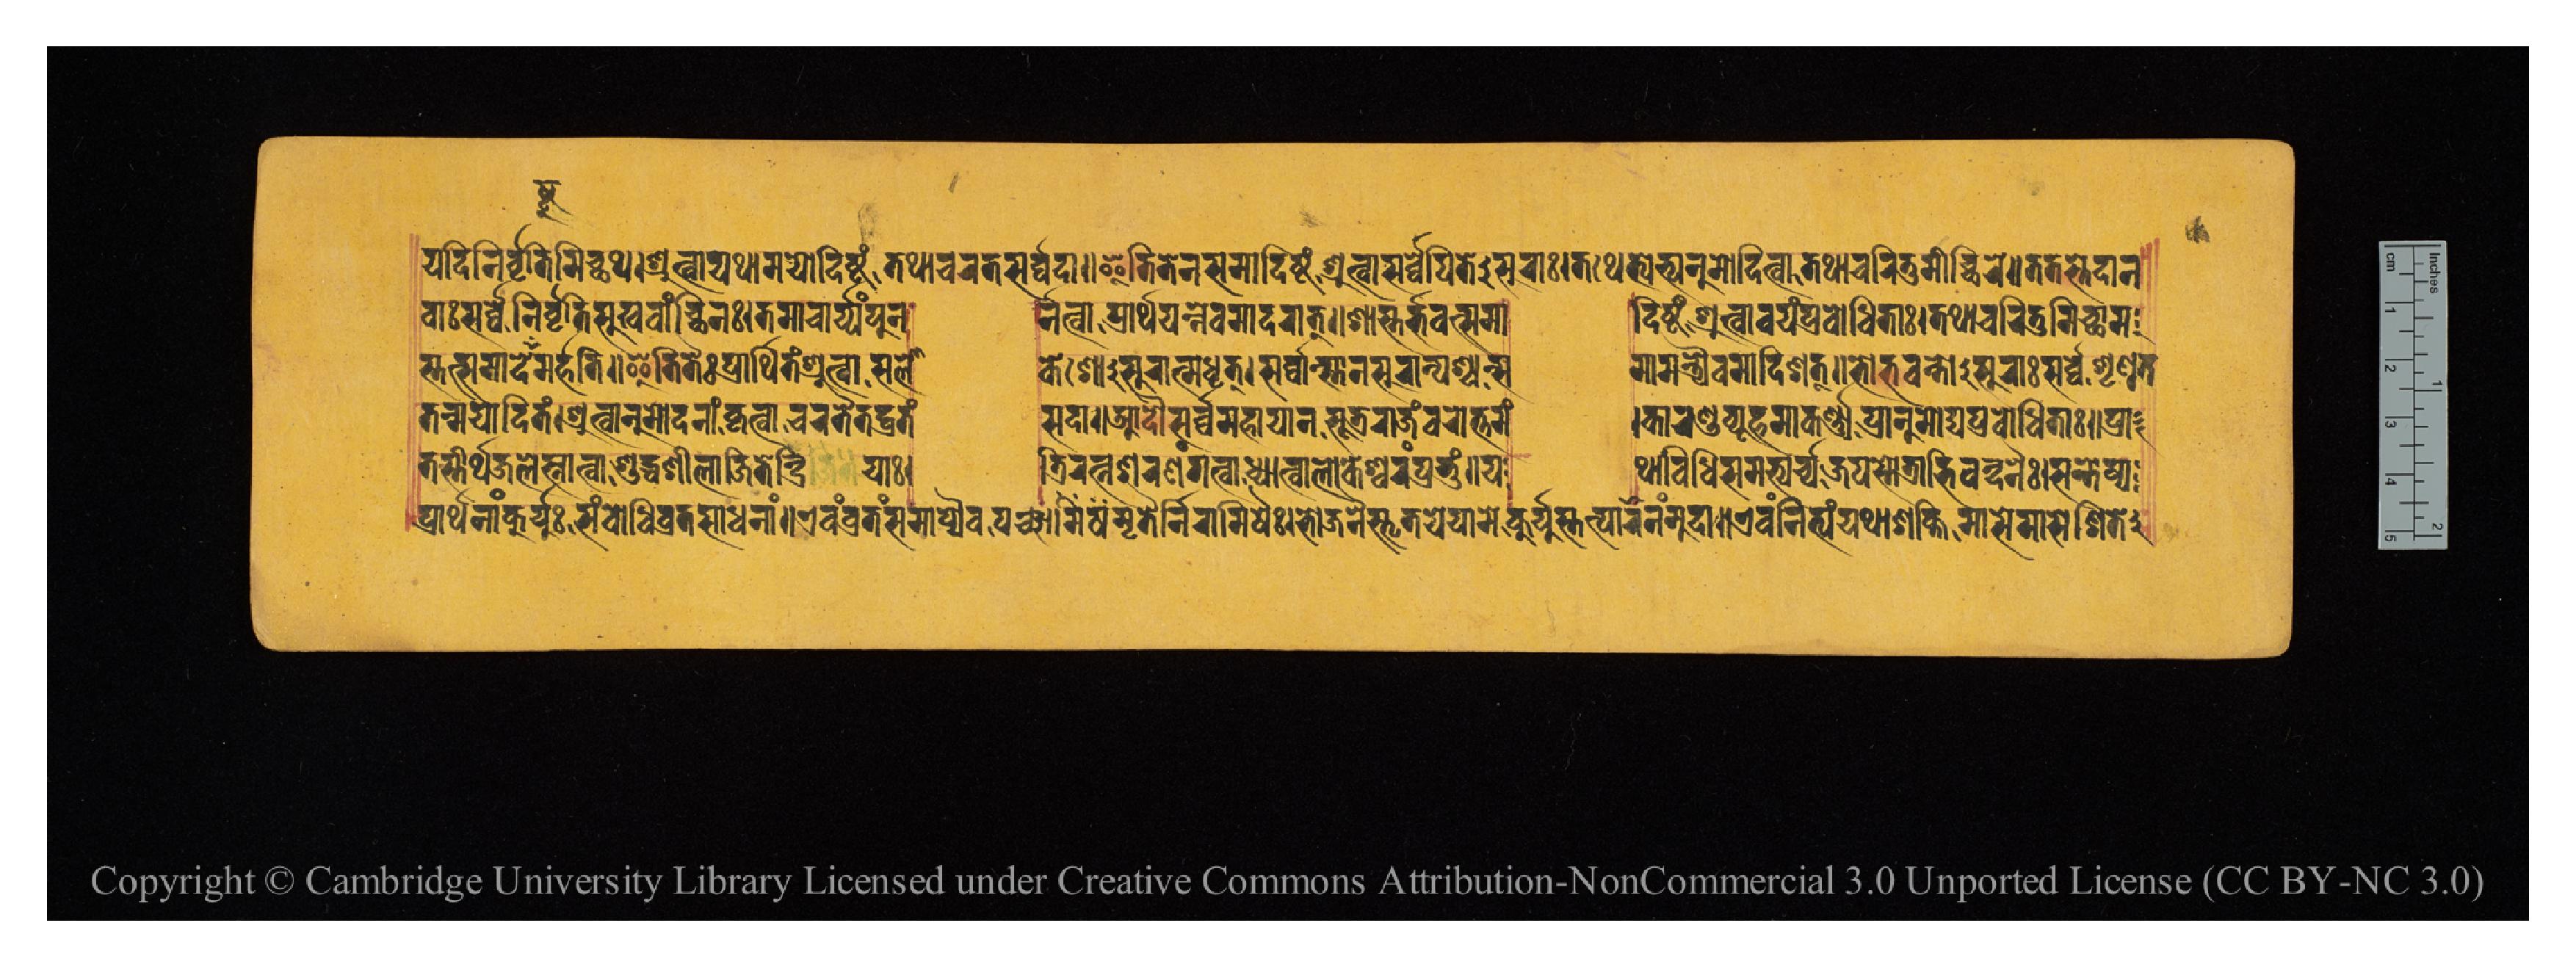
𑐫𑐡𑐶𑐣𑐶𑐬𑑂𑐰𑐺𑐟𑐶𑐩𑐶𑐔𑑂𑐕𑐠𑑋𑐱𑑂𑐬𑐸𑐟𑑂𑐰𑐵𑐫𑐠𑐵𑐩𑐫𑑀𑐡𑑂𑐡𑐶𑐲𑑂𑐚𑑄𑐟𑐠𑐵𑐔𑐬𑐟𑐳𑐬𑑂𑐰𑑂𑐰𑐡𑐵𑑌𑐂𑐟𑐶𑐟𑐾𑐣𑐳𑐩𑐵𑐡𑐶𑐲𑑂𑐚𑑄𑐱𑑂𑐬𑐸𑐟𑑂𑐰𑐵𑐳𑐬𑑂𑐰𑑂𑐰𑐾𑐥𑐶𑐟𑐾𑐳𑐸𑐬𑐵𑑅𑑋𑐟𑐠𑐾𑐟𑑂𑐫𑐨𑑂𑐫𑐣𑐸𑐩𑑀𑐡𑐶𑐟𑑂𑐰𑐵𑐟𑐠𑐵𑐔𑐬𑐶𑐟𑐸𑐩𑐷𑐔𑑂𑐕𑐶𑐬𑐾𑑌𑐟𑐟𑐳𑑂𑐟𑐾𑐡𑐵𑐣 𑐰𑐵𑑅𑐳𑐬𑑂𑐰𑑂𑐰𑐾𑐣𑐶𑐬𑑂𑐰𑐺𑐟𑐶𑐳𑐸𑐏𑐰𑐵𑐘𑑂𑐕𑐶𑐣𑑅𑑋𑐟𑐩𑐵𑐔𑐵𑐬𑑂𑐫𑑄𑐥𑐸𑐣  𑐬𑑂𑐣𑐟𑑂𑐰𑐵𑐥𑑂𑐬𑐵𑐬𑑂𑐠𑐫𑐣𑑂𑐣𑐾𑐰𑐩𑐵𑐡𑐬𑐵𑐟𑑂𑑌𑐱𑐵𑐳𑑂𑐟𑐬𑑂𑐨𑐰𑐟𑑂𑐳𑐩𑐵  𑐡𑐶𑐲𑑂𑐚𑑄𑐱𑑂𑐬𑐸𑐟𑑂𑐰𑐵𑐰𑐫𑑄𑐥𑑂𑐬𑐧𑑀𑐢𑐶𑐟𑐵𑑅𑑋𑐟𑐠𑐵𑐔𑐬𑐶𑐟𑐸𑐩𑐶𑐔𑑂𑐕𑐵𑐩 𑐳𑑂𑐟𑐟𑑂𑐳𑐩𑐵𑐡𑐾𑐲𑑂𑐚𑐸𑐩𑐬𑑂𑐴𑐟𑐶𑑌𑐂𑐟𑐶𑐟𑐿𑑅𑐥𑑂𑐬𑐵𑐬𑑂𑐠𑐶𑐟𑑄𑐱𑑂𑐬𑐸𑐟𑑂𑐰𑐵𑐳𑐮𑑀  𑐎𑐾𑐱𑑀𑐳𑐸𑐬𑐵𑐟𑑂𑐩𑐢𑐺𑐟𑑂𑑋𑐳𑐬𑑂𑐰𑑂𑐰𑐵𑑄𑐳𑑂𑐟𑐵𑐣𑐳𑐸𑐬𑐵𑐣𑑂𑐥𑐱𑑂𑐫𑐣𑑂𑐳  𑐩𑐵𑐩𑐣𑑂𑐟𑑂𑐬𑑂𑐫𑐿𑐰𑐩𑐵𑐡𑐶𑐱𑐟𑑂𑑌𑐨𑑀𑐨𑐰𑐣𑑂𑐟𑑀𑐳𑐸𑐬𑐵𑑅𑐳𑐬𑑂𑐰𑑂𑐰𑐾𑐱𑐺𑐞𑐸𑐟 𑐟𑐣𑑂𑐩𑐫𑑀𑐡𑐶𑐟𑑄𑑋𑐱𑑂𑐬𑐸𑐰𑐵𑐣𑐸𑐩𑑀𑐡𑐣𑐵𑑄𑐎𑐺𑐟𑑂𑐰𑐵𑐔𑐬𑐟𑐿𑐟𑐡𑑂𑐰𑑂𑐬𑐟𑑄  𑐳𑐡𑐵𑑌𑐁𑐡𑑁𑐳𑐬𑑂𑐰𑑂𑐰𑐾𑐩𑐴𑐵𑐫𑐵𑐣𑐳𑐹𑐟𑑂𑐬𑐬𑐵𑐖𑑄𑐰𑐬𑑀𑐟𑑂𑐟𑐩𑑄  𑑋𑐎𑐵𑐬𑐞𑑂𑐜𑐰𑑂𑐫𑐹𑐴𑐩𑐵𑐎𑐬𑑂𑐞𑑂𑐫𑐥𑑂𑐬𑐵𑐣𑐸𑐩𑑀𑐡𑑂𑐫𑐥𑑂𑐬𑐧𑑀𑐢𑐶𑐟𑐵𑑅𑑌𑐥𑑂𑐬𑐵 𑐟𑐳𑑂𑐟𑐷𑐬𑑂𑐠𑐖𑐮𑐾𑐳𑑂𑐣𑐵𑐟𑑂𑐰𑐵𑐱𑐸𑐡𑑂𑐢𑐱𑐷𑐮𑐵𑐖𑐶𑐣𑐾𑐣𑑂𑐡𑑂𑐬𑐶𑐫𑐵𑑅𑑋  𑐟𑑂𑐬𑐶𑐬𑐟𑑂𑐣𑐱𑐬𑐞𑑄𑐐𑐟𑑂𑐰𑐵𑐢𑑂𑐫𑐵𑐣𑐟𑑂𑐰𑐵𑐮𑑀𑐎𑐾𑐱𑑂𑐰𑐬𑑄𑐥𑑂𑐬𑐨𑐸𑑄𑑌𑐫  𑐠𑐵𑐰𑐶𑐢𑐶𑐳𑐩𑐨𑑂𑐫𑐬𑑂𑐔𑑂𑐫𑐖𑐥𑐳𑑂𑐟𑑀𑐟𑑂𑐬𑐵𑐨𑐶𑐰𑐣𑑂𑐡𑐣𑐿𑑅𑑋𑐳𑐣𑑂𑐟𑐾𑐳𑑂𑐫 𑐥𑑂𑐬𑐵𑐬𑑂𑐠𑐣𑐵𑑄𑐎𑐸𑐬𑑂𑐫𑐸𑑅𑐳𑑄𑐧𑑀𑐢𑐶𑐰𑑂𑐬𑐟𑐳𑐵𑐢𑐣𑐵𑑄𑑌𑐊𑐰𑑄𑐰𑑂𑐬𑐟𑑄𑐳𑐩𑐵𑐥𑑂𑐫𑐿𑐰𑐥𑐘𑑂𑐔𑐵𑐩𑐶𑐲𑐩𑐺𑐟𑐿𑐬𑑂𑐣𑐶𑐬𑐵𑐩𑐶𑐲𑐿𑑅𑑋𑐨𑑀𑐖𑐣𑐿𑐳𑑂𑐟𑐺𑐟𑐷𑐫𑐾𑐫𑐵𑐩𑐾𑐎𑐸𑐬𑑂𑐫𑐸𑐳𑑂𑐟𑐟𑑂𑐥𑐵𑐮𑐣𑑄𑐩𑐸𑐡𑐵𑑌𑐊𑐰𑑄𑐣𑐶𑐟𑑂𑐰𑑄𑐫𑐠𑐵𑐱𑐎𑑂𑐟𑐶𑐩𑐵𑐳𑐾𑐩𑐵𑐳𑐾𑐞𑐶𑐟𑐾